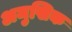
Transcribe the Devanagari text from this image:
अमुखिक